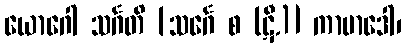
ယောဂေါ သင်္ဂတိ [သင်္ဂေ စ (ဋီ.)] ကာမာဒေါ၊